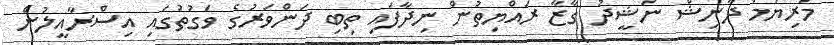
މަރިޔަމް ދާނިޝް ނަޝީދު ގާޒާ ރައްޔިތުން ނިދާފައި ތިބި ދަންވަރުގެ ވަގުތުގައި އިސްރާއީލުން